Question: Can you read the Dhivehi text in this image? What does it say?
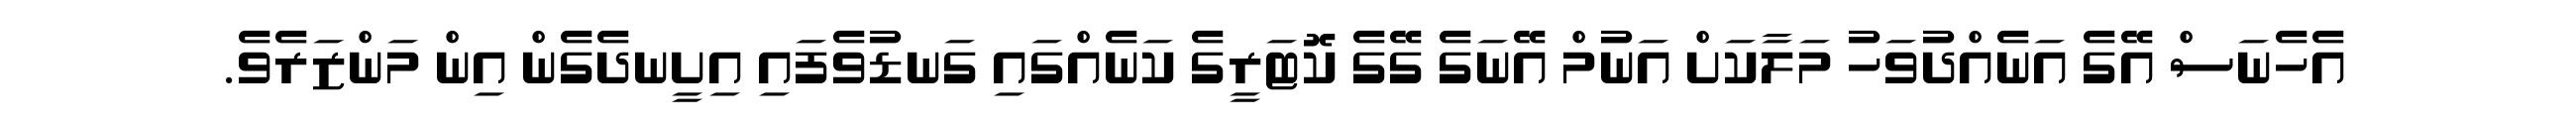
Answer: އެހެނަސް އޭގެ އަނެއްދުވަހު މަލާކަށް އަނުމް އޭނަގެ ގޭގެ ކޮޓަރީގެ ކަނެއްގައި ގަނޑުވެފައި އިށީނދެގެން އިން މަންޒަރެވެ.